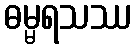
ဓမ္မရသဿ